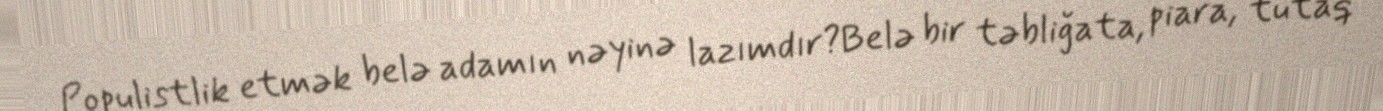
Populistlik etmək belə adamın nəyinə lazımdır?Belə bir təbliğata, piara, tutaq